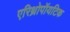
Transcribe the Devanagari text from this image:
एरिथ्रोपॉयटिक